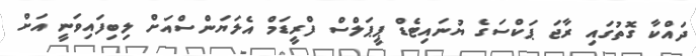
ދައްކާ ގޮތުގައި ރާޖަ ޕަކްސަގެ ޔުނައިޓެޑް ޕީޕަލްސް ފްރީޑަމް އެލަޔަންސްއަށް ލިބިފައިވަނީ އަށް